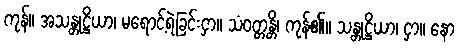
ကုန်။ အသန္တုဋ္ဌိယာ၊ မရောင့်ရဲခြင်းငှာ။ သံဝတ္တန္တိ၊ ကုန်၏။ သန္တုဋ္ဌိယာ၊ ငှာ။ နော